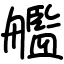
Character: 艦